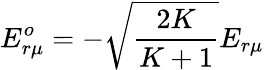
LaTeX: E_{r\mu}^{o}=-\sqrt{\frac{2K}{K+1}}E_{r\mu}